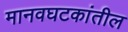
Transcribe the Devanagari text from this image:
मानवघटकांतील